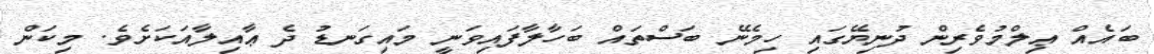
ބައެއް ޢިލްމުވެރިން ދުނިޔޭގައި ހިމެނޭ ބަސްތައް ބަހާލާފައިވަނީ މައިގަނޑު ދެ ޢާއިލާއަކަށެވެ. މިކަން